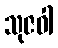
သုဇဝါ